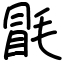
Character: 毷